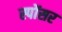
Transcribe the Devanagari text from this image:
स्पोंसर